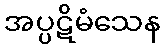
အပ္ပဋိမံသေန